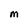
Character: M